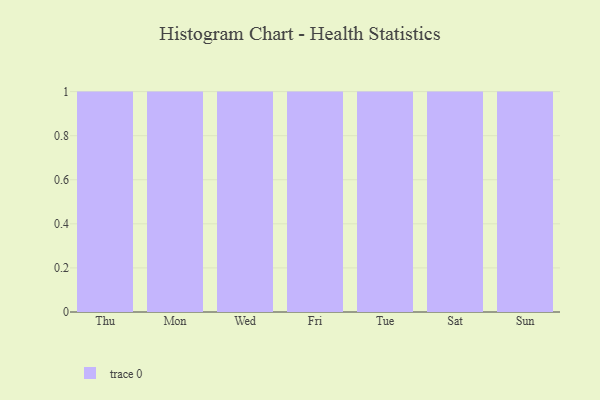
{"axis": {"x": "Day", "y": "Demand Index"}, "legend": [""], "data": [{"x": "Thu", "y": 34, "type": ""}, {"x": "Mon", "y": 4, "type": ""}, {"x": "Wed", "y": 87, "type": ""}, {"x": "Fri", "y": 79, "type": ""}, {"x": "Tue", "y": 8, "type": ""}, {"x": "Sat", "y": 19, "type": ""}, {"x": "Sun", "y": 92, "type": ""}]}